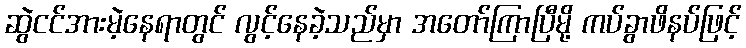
ဆွဲငင်အားမဲ့နေရာတွင် လွင့်နေခဲ့သည်မှာ အတော်ကြာပြီမို့ ကပ်ခွာဖိနပ်ဖြင့်